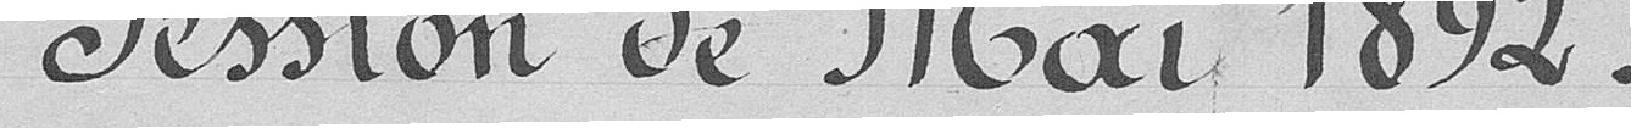
Session de mai 1892